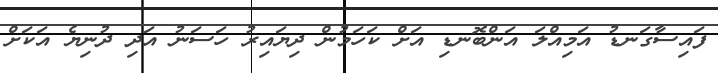
ފައިސާގަނޑު އަމިއްލަ އަންބޮނޑި އަށް ކަހަމުން ދިޔައިރު ހަސަނު އަދި ދުނިޔެ އަކަށް